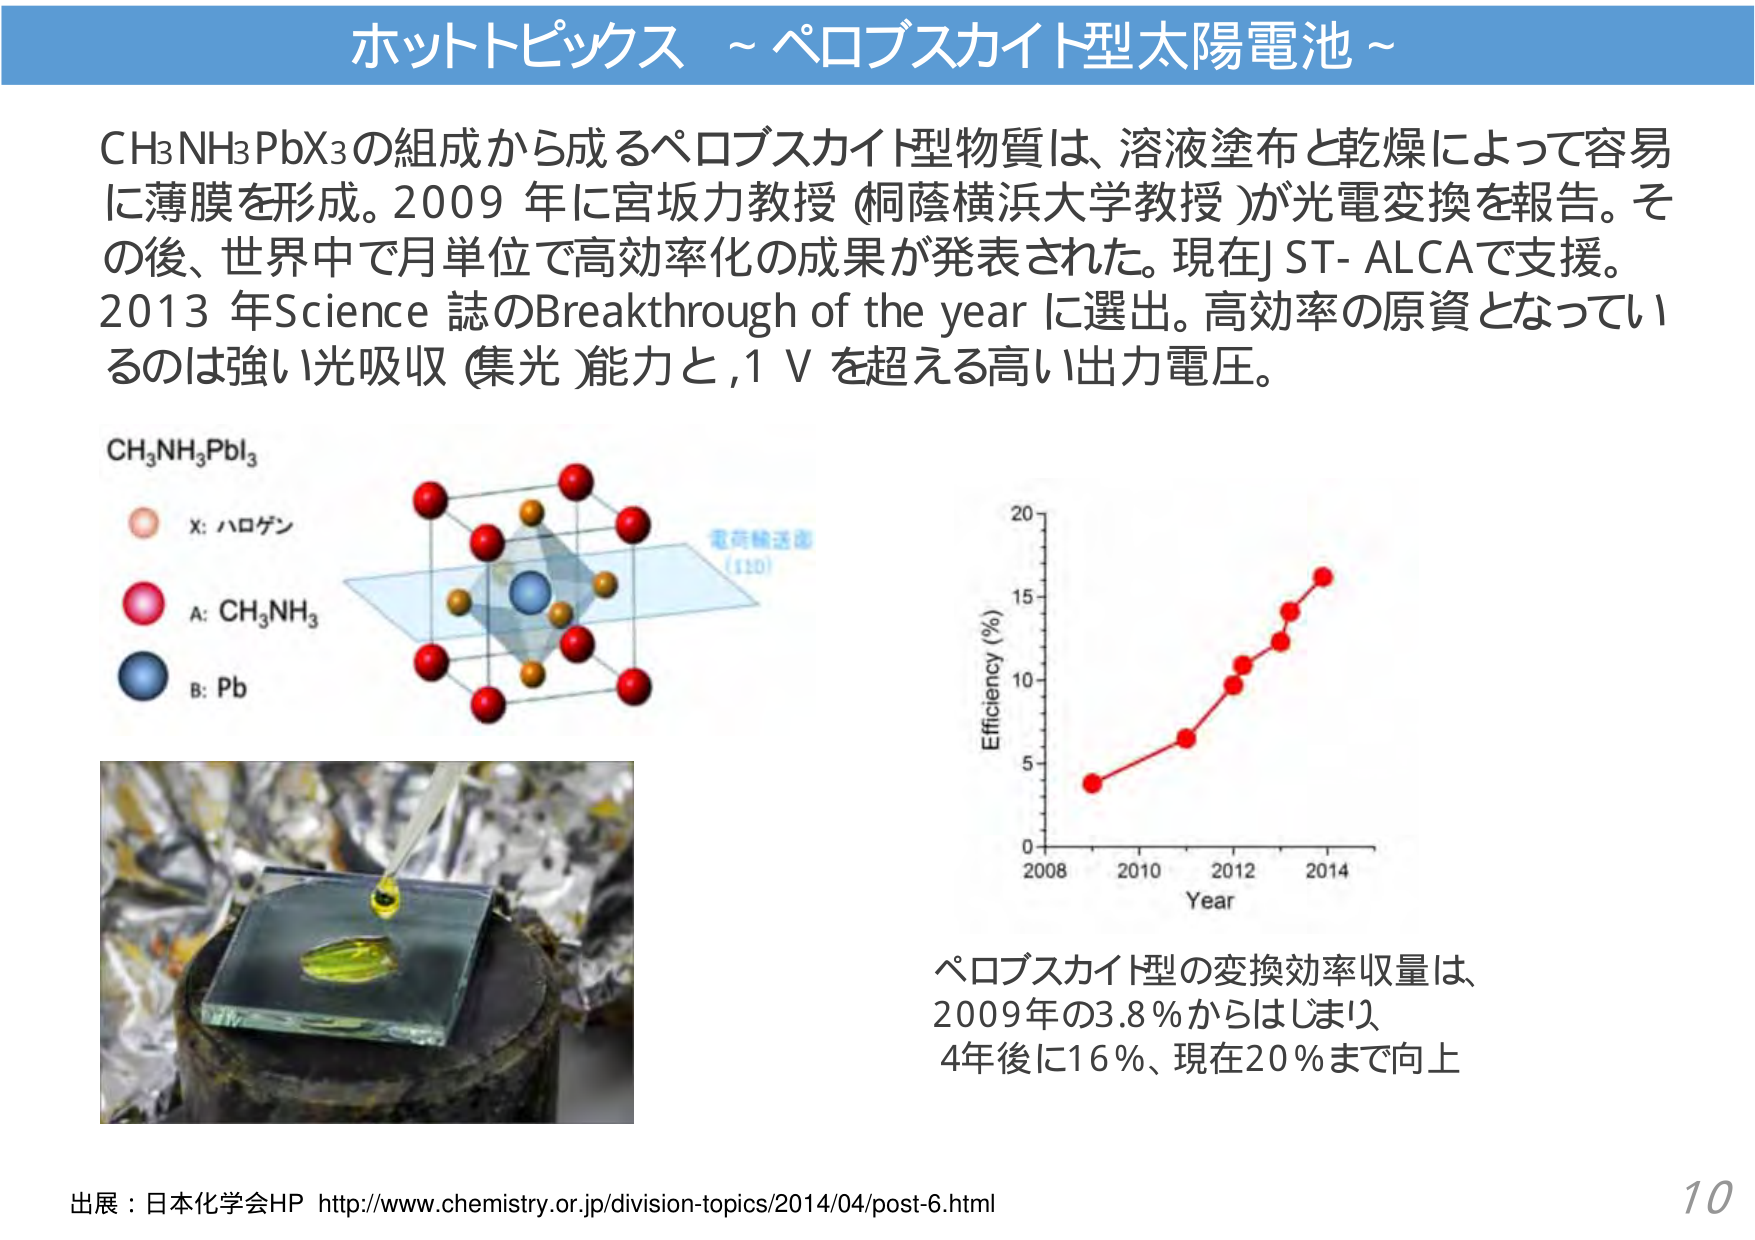
ホットピックス ~ペロブスカイト型太陽電池~

CH₃NH₃PbX₃の組成から成るペロブスカイト型物質は、溶液塗布と乾燥によって容易に薄膜を形成。2009年に宮坂力教授（桐蔭横浜大学教授）が光電変換を報告。その後、世界中で月単位で高効率化の成果が発表された。現在JST-ALCAで支援。2013年Science誌のBreakthrough of the yearに選出。高効率の原資となっているのは強い光吸収（集光）能力と、1 Vを超える高い出力電圧。

CH₃NH₃PbI₃
x: ハロゲン
A: CH₃NH₃
B: Pb
電荷輸送面 (110)

Efficiency (%)
20
15
10
5
0
2008 2010 2012 2014
Year

ペロブスカイト型の変換効率収量は、
2009年の3.8％からはじまり、
4年後に16％、現在20％まで向上

出展：日本化学会HP http://www.chemistry.or.jp/division-topics/2014/04/post-6.html
10